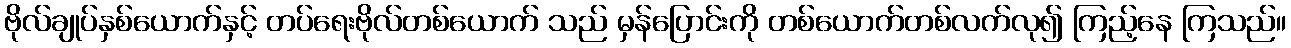
ဗိုလ်ချုပ်နှစ်ယောက်နှင့် တပ်ရေးဗိုလ်တစ်ယောက် သည် မှန်ပြောင်းကို တစ်ယောက်တစ်လက်လု၍ ကြည့်နေ ကြသည်။